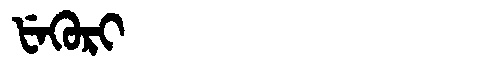
Manchu: ᡶᡝᡴᡠᡵᡳ
Romanization: FEKURI